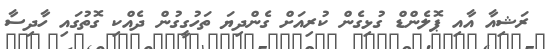
ރަޝިއާ އާއި ޕޮލެންޑް ގުޅިގެން ކުރިއަށް ގެންދިޔަ ތަހުގީގުން ދެއްކި ގޮތުގައި ހާދިސާ